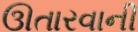
ઊતારવાની